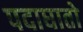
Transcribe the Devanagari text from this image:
पदाघातो